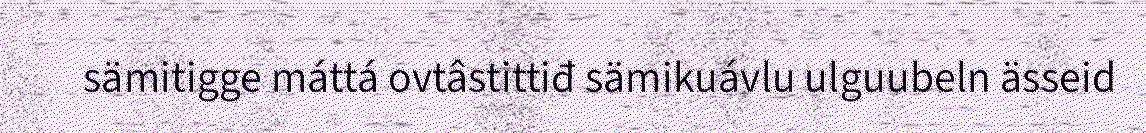
sämitigge máttá ovtâstittiđ sämikuávlu ulguubeln ässeid